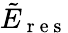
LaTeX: \tilde{E}_{\mathrm{~r~e~s~}}